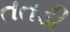
તતડી